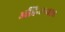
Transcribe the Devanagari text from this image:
अह्निलवाड